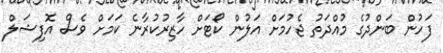
ފަހުން ބަންދުގެ މުއްދަތު ޖެހުމަށް އަލުން ކޯޓަށް ހާޒިރުކުރާނެ ކަމަށް ވެސް އޮފިޝަލް